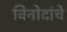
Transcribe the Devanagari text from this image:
विनोदांचे